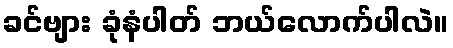
ခင်ဗျား ခုံနံပါတ် ဘယ်လောက်ပါလဲ။